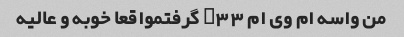
من واسه ام وی ام x33 گرفتمواقعا خوبه و عالیه